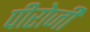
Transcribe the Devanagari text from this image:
पीरोजी